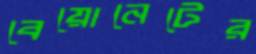
বেয়োনেটের